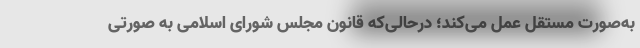
به‌صورت مستقل عمل می‌کند؛ درحالی‌که قانون مجلس شورای اسلامی به صورتی